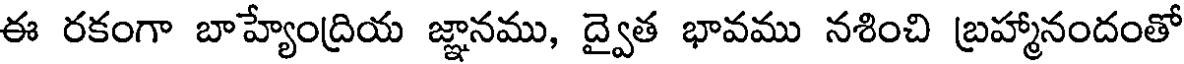
ఈ రకంగా బాహ్యేంద్రియ జ్ఞానము, ద్వైత భావము నశించి బ్రహ్మానందంతో